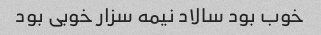
خوب بود سالاد نیمه سزار خوبی بود